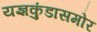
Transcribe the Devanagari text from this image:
यज्ञकुंडासमोर